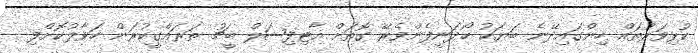
ކުޅިވަރުތައް ހިންގައިދޭނެ ބަޔަކު ހޯދަނީފެންވެރޭ ގޮތަށް އާޓިފިޝަލް ބީޗު ތަރައްގީކުރަން ހަވާލުކޮށްފި